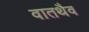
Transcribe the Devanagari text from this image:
वातथैव